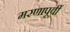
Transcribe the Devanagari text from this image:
मरणापूर्वी